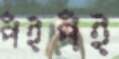
পঁইপঁই